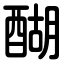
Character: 醐